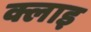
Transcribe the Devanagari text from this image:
क्लाइ